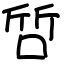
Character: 啠